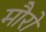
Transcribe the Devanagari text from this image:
मौरो